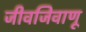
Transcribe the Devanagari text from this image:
जीवजिवाणू